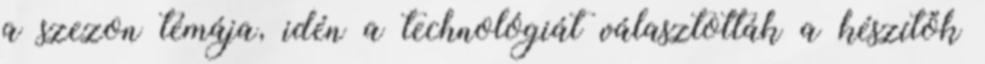
a szezon témája, idén a technológiát választották a készítők